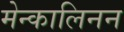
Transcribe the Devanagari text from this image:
मेन्कालिनन